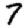
Digit: 7